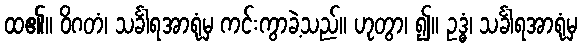
ထ၏။ ဝိဂတံ၊ သင်္ခါရအာရုံမှ ကင်းကွာခဲ့သည်။ ဟုတွာ၊ ၍။ ဥဒ္ဓံ၊ သင်္ခါရအာရုံမှ